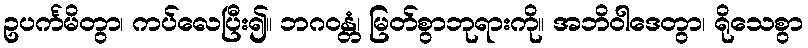
ဥပင်္ကမိတွာ၊ ကပ်လေပြီး၍။ ဘဂဝန္တံ၊ မြတ်စွာဘုရားကို။ အဘိဝါဒေတွာ၊ ရိုသေစွာ